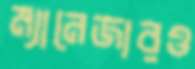
ম্যানেজারও